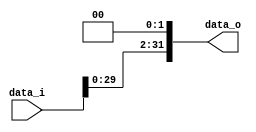
module Shift2
(
	data_i,
	data_o
);

input 	[31:0]	data_i;
output 	[31:0]	data_o;

assign data_o=data_i << 2;

endmodule